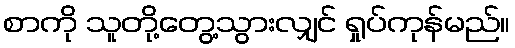
စာကို သူတို့တွေ့သွားလျှင် ရှုပ်ကုန်မည်။